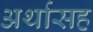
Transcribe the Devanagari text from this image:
अर्थासह